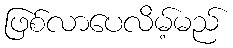
ဖြစ်လာပေလိမ့်မည်